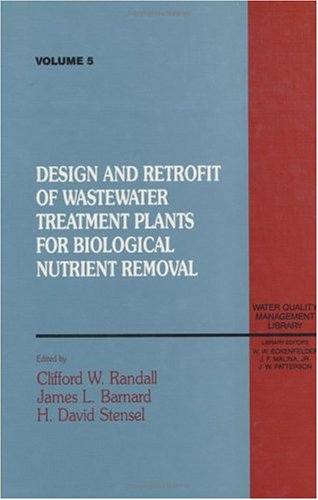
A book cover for Design and Retrofit of Wastewater Treatment Plants for Biological Nutritient Removal, Volume V; Takashi Asano; Science & Math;